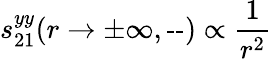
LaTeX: s_{21}^{yy}(r\rightarrow\pm\infty,\textrm{--})\propto\frac{1}{r^{2}}